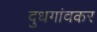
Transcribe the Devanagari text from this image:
दुधगांवकर